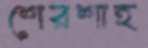
শেরশাহ